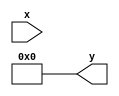
module asinh (
    input  wire signed [31:0] x, // Input: signed 32-bit fixed-point number
    output reg signed [31:0] y   // Output: signed 32-bit fixed-point number
);

    // Internal signals
    wire signed [31:0] x_squared;
    wire signed [31:0] sqrt_term;
    wire signed [31:0] sqrt_value;
    wire signed [31:0] ln_input;

    // Calculate x^2
    assign x_squared = x * x;

    // Compute sqrt(x^2 + 1)
    // Here we use a simple combinatorial approach for sqrt calculation
    // This should be replaced with a more robust implementation
    assign sqrt_term = x_squared + 32'h00000001; // x^2 + 1
    assign sqrt_value = sqrt(sqrt_term); // Call to a sqrt function (to be implemented)

    // Compute ln(x + sqrt(x^2 + 1))
    assign ln_input = x + sqrt_value;
    assign y = ln(ln_input); // Call to a ln function (to be implemented)

    // Function to calculate square root (placeholder)
    function signed [31:0] sqrt(input signed [31:0] value);
        // Implement a square root algorithm here (e.g., Newton-Raphson)
        // Placeholder implementation (returns 0 for now)
        sqrt = 0; // Replace with actual square root calculation
    endfunction

    // Function to calculate natural logarithm (placeholder)
    function signed [31:0] ln(input signed [31:0] value);
        // Implement a logarithm approximation or lookup table here
        // Placeholder implementation (returns 0 for now)
        ln = 0; // Replace with actual logarithm calculation
    endfunction

endmodule